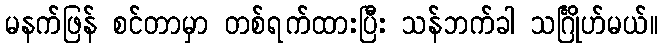
မနက်ဖြန် စင်တာမှာ တစ်ရက်ထားပြီး သန်ဘက်ခါ သင်္ဂြိုဟ်မယ်။